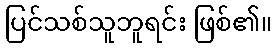
ပြင်သစ်သူဘူရင်း ဖြစ်၏။